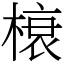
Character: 榱